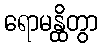
ရောမန္ထိတွာ